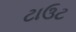
ટાઉટ